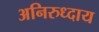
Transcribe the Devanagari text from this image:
अनिरुध्दाय